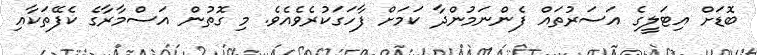
ބޮޑަށް އިޓަލީގެ އަސަރުތައް ފެންނަމުންދާ ކަމަށް ފާހަގަކުރެވެއެވެ. މި ގޮތުން އަސްމާރާގެ ކެފޭތަކާއި